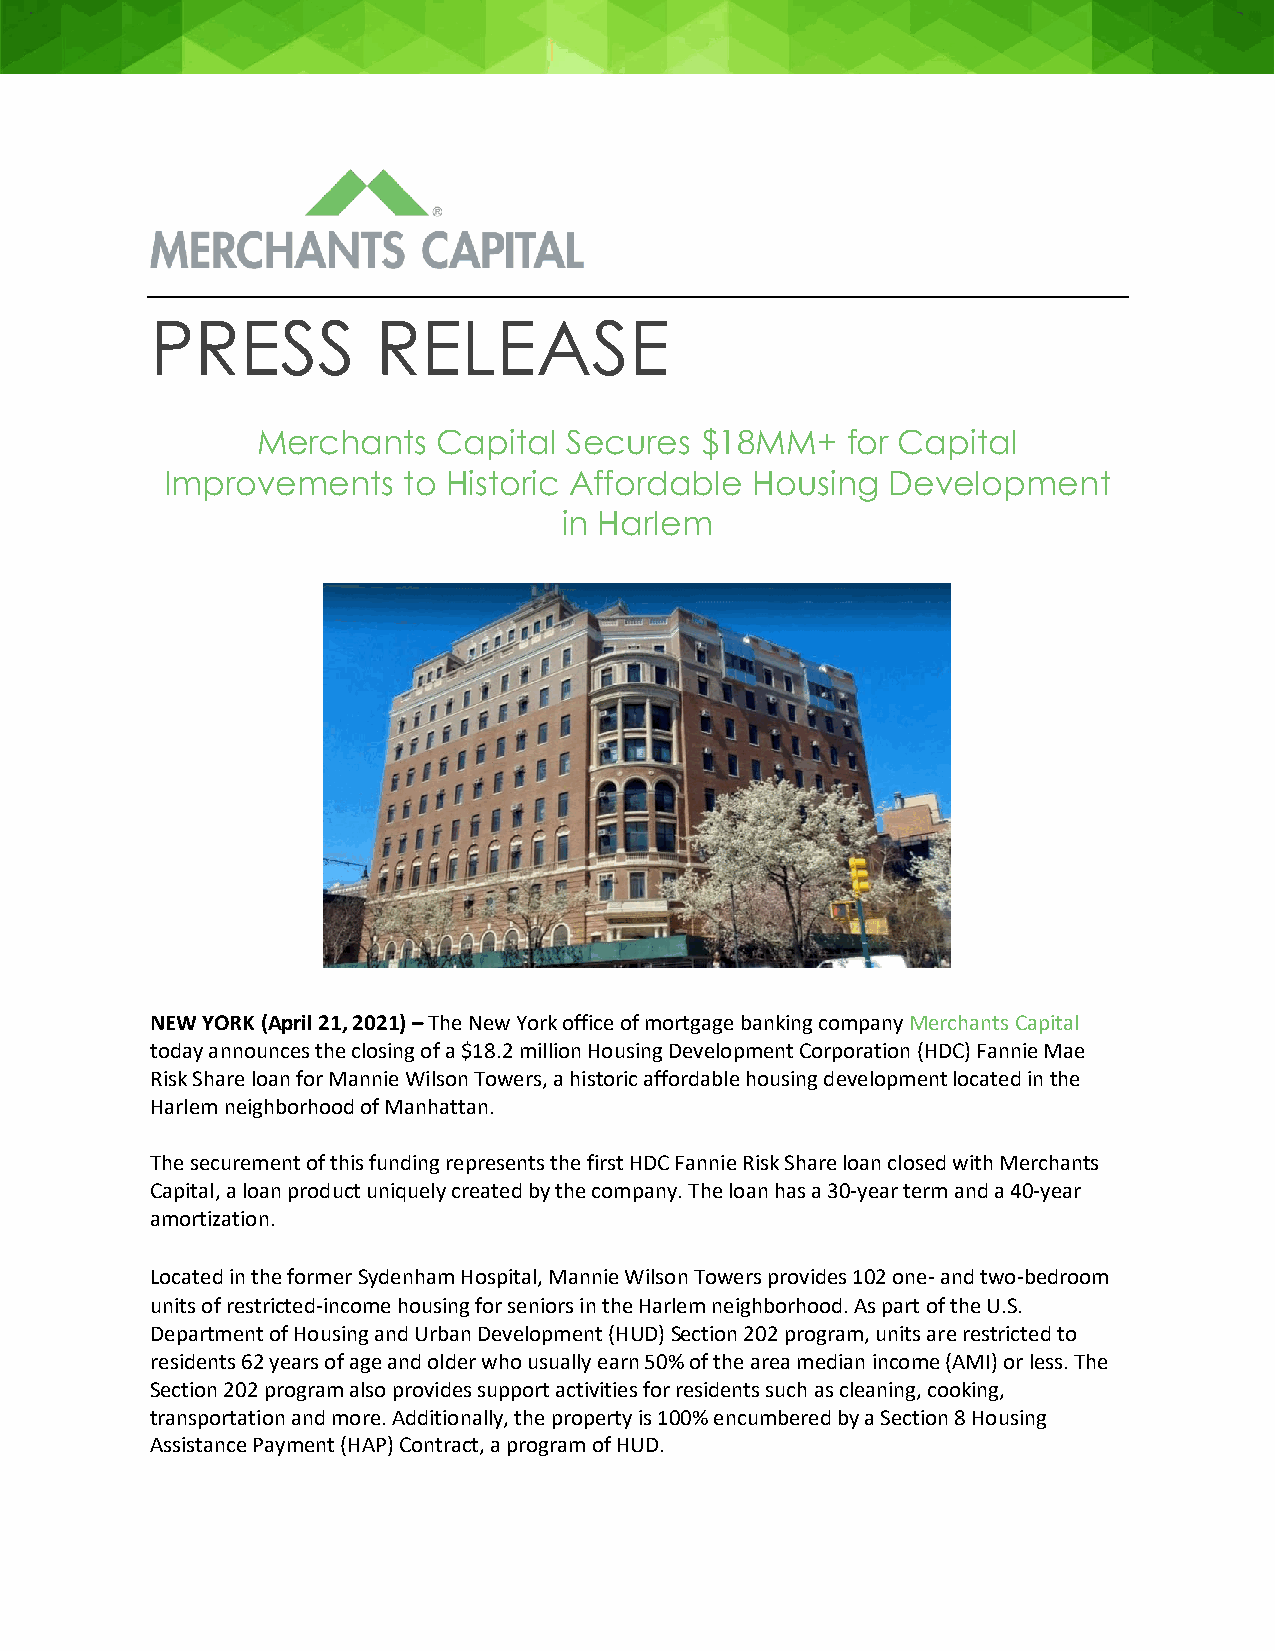
PRESS          RELEASE
 Merchants   Capital  Secures $18MM+    for Capital
 Improvements    to Historic Affordable Housing  Development
 in Harlem
 NEW YORK (April 21, 2021) – The New York office of mortgage banking company Merchants Capital
 today announces the closing of a $18.2 million Housing Development Corporation (HDC) Fannie Mae
 Risk Share loan for Mannie Wilson Towers, a historic affordable housing development located in the
 Harlem neighborhood of Manhattan.
 The securement of this funding represents the first HDC Fannie Risk Share loan closed with Merchants
 Capital, a loan product uniquely created by the company. The loan has a 30-year term and a 40-year
 amortization.
 Located in the former Sydenham Hospital, Mannie Wilson Towers provides 102 one- and two-bedroom
 units of restricted-income housing for seniors in the Harlem neighborhood. As part of the U.S.
 Department of Housing and Urban Development (HUD) Section 202 program, units are restricted to
 residents 62 years of age and older who usually earn 50% of the area median income (AMI) or less. The
 Section 202 program also provides support activities for residents such as cleaning, cooking,
 transportation and more. Additionally, the property is 100% encumbered by a Section 8 Housing
 Assistance Payment (HAP) Contract, a program of HUD.